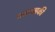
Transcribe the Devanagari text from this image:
क्लासकी